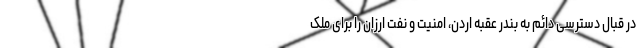
در قبال دسترسی دائم به بندر عقبه اردن، امنیت و نفت ارزان را برای ملک